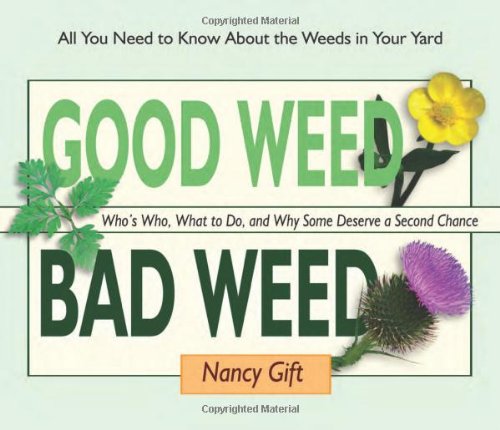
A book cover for Good Weed Bad Weed: Who's Who, What to Do, and Why Some Deserve a Second Chance (All You Need to Know About the Weeds in Your Yard); Nancy Gift; Crafts, Hobbies & Home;